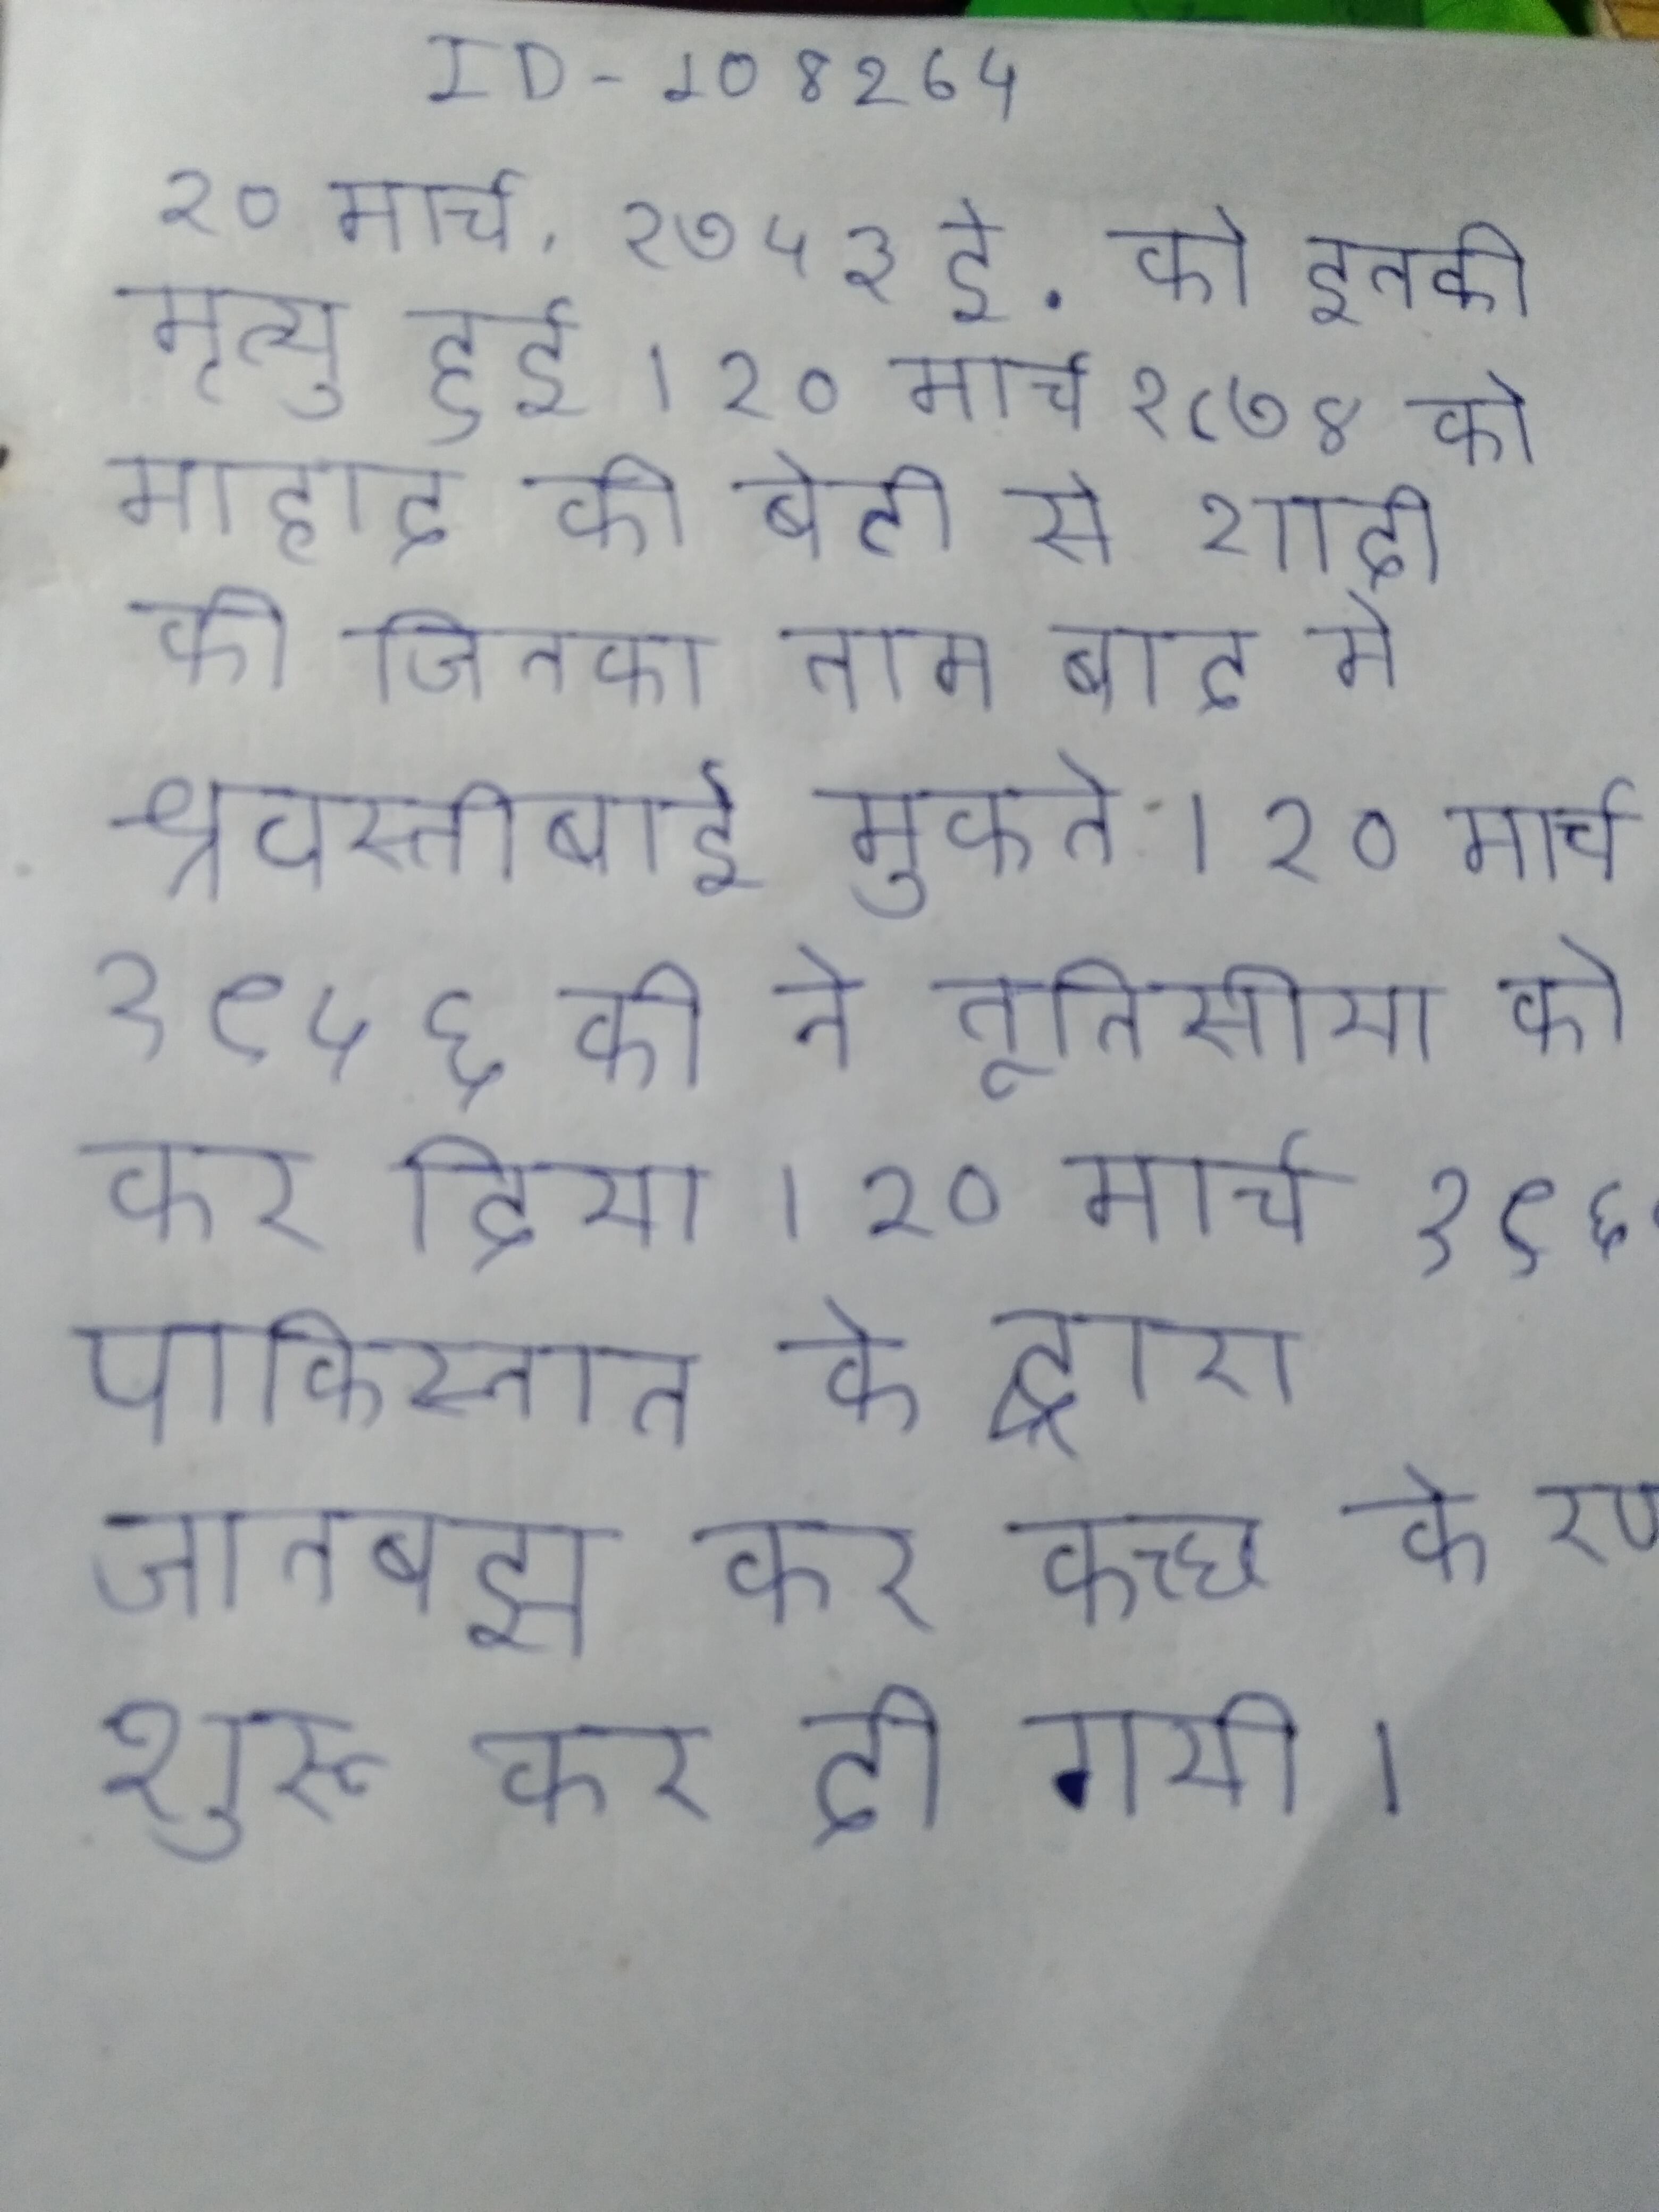
२० मार्च, १७५३ ई. को इनकी मृत्यु हुई । २० मार्च १८७४ को माहाद की बेटी से शादी की जिनका नाम बाद मे श्रवस्तीबाई मुकने । २० मार्च १९५६ की ने तूनिसीया को कर दिया । २० मार्च १९६५ पाकिस्तान के द्वारा जानबूझ कर कच्छ के रण शुरू कर दी गयी ।